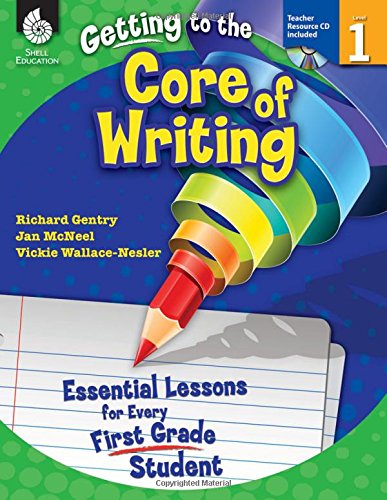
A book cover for Getting to the Core of Writing; Richard McNeel; Reference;